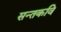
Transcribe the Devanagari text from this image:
सन्तकवि